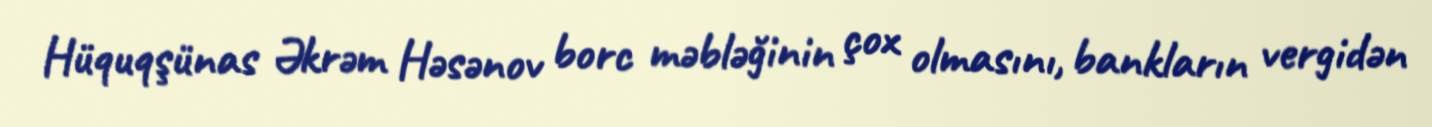
Hüquqşünas Əkrəm Həsənov borc məbləğinin çox olmasını, bankların vergidən